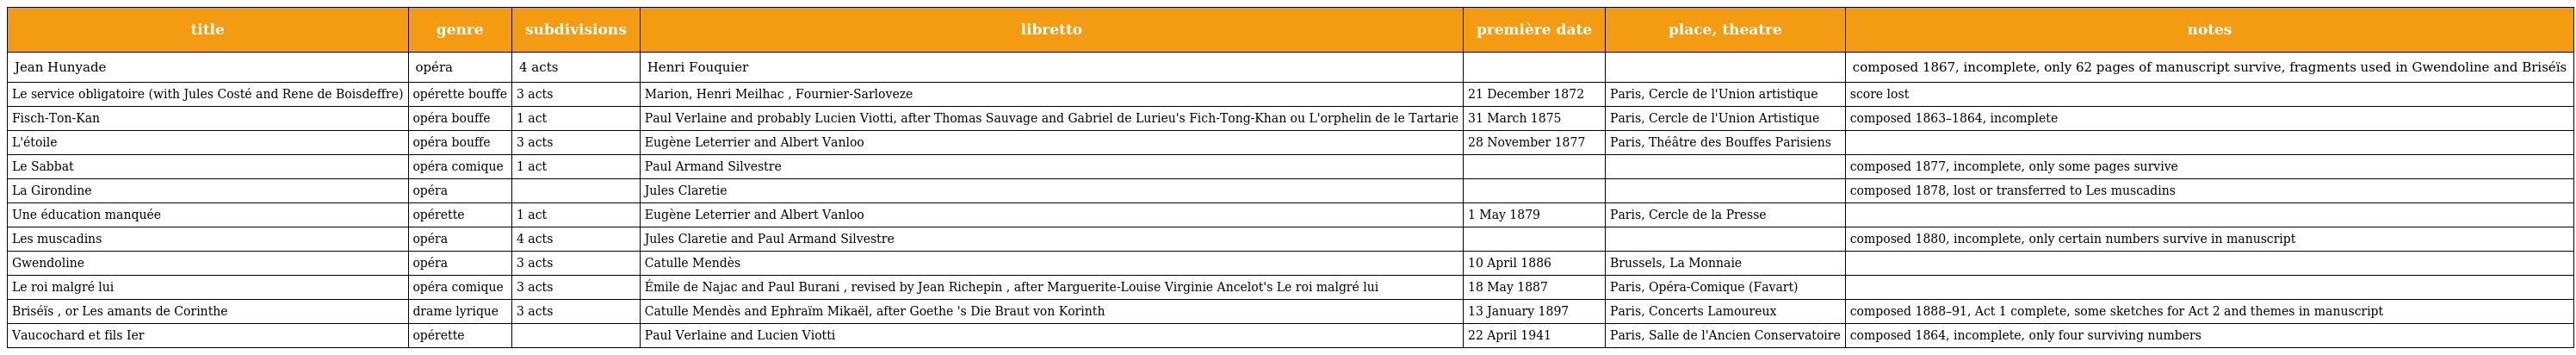
| title | genre | sub­divisions | libretto | première date | place, theatre | notes |
 | --- | --- | --- | --- | --- | --- | --- |
 | Jean Hunyade | opéra | 4 acts | Henri Fouquier |  |  | composed 1867, incomplete, only 62 pages of manuscript survive, fragments used in Gwendoline and Briséïs |
 | Le service obligatoire (with Jules Costé and Rene de Boisdeffre) | opérette bouffe | 3 acts | Marion, Henri Meilhac , Fournier-Sarloveze | 21 December 1872 | Paris, Cercle de l'Union artistique | score lost |
 | Fisch-Ton-Kan | opéra bouffe | 1 act | Paul Verlaine and probably Lucien Viotti, after Thomas Sauvage and Gabriel de Lurieu's Fich-Tong-Khan ou L'orphelin de le Tartarie | 31 March 1875 | Paris, Cercle de l'Union Artistique | composed 1863–1864, incomplete |
 | L'étoile | opéra bouffe | 3 acts | Eugène Leterrier and Albert Vanloo | 28 November 1877 | Paris, Théâtre des Bouffes Parisiens |  |
 | Le Sabbat | opéra comique | 1 act | Paul Armand Silvestre |  |  | composed 1877, incomplete, only some pages survive |
 | La Girondine | opéra |  | Jules Claretie |  |  | composed 1878, lost or transferred to Les muscadins |
 | Une éducation manquée | opérette | 1 act | Eugène Leterrier and Albert Vanloo | 1 May 1879 | Paris, Cercle de la Presse |  |
 | Les muscadins | opéra | 4 acts | Jules Claretie and Paul Armand Silvestre |  |  | composed 1880, incomplete, only certain numbers survive in manuscript |
 | Gwendoline | opéra | 3 acts | Catulle Mendès | 10 April 1886 | Brussels, La Monnaie |  |
 | Le roi malgré lui | opéra comique | 3 acts | Émile de Najac and Paul Burani , revised by Jean Richepin , after Marguerite-Louise Virginie Ancelot's Le roi malgré lui | 18 May 1887 | Paris, Opéra-Comique (Favart) |  |
 | Briséïs , or Les amants de Corinthe | drame lyrique | 3 acts | Catulle Mendès and Ephraïm Mikaël, after Goethe 's Die Braut von Korinth | 13 January 1897 | Paris, Concerts Lamoureux | composed 1888–91, Act 1 complete, some sketches for Act 2 and themes in manuscript |
 | Vaucochard et fils Ier | opérette |  | Paul Verlaine and Lucien Viotti | 22 April 1941 | Paris, Salle de l'Ancien Conservatoire | composed 1864, incomplete, only four surviving numbers |